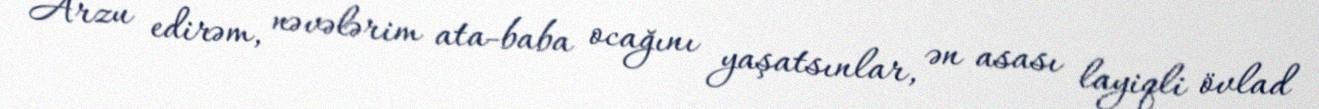
Arzu edirəm, nəvələrim ata-baba ocağını yaşatsınlar, ən asası layiqli övlad